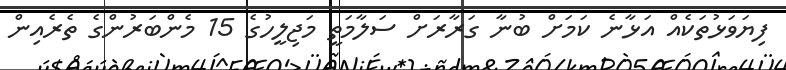
ފިޔަވަޅުތަކެއް އަޅާނެ ކަމަށް ބުނާ ގަރާރަށް ސަލާމަތީ މަޖިލީހުގެ 15 މެންބަރުންގެ ތެރެއިން